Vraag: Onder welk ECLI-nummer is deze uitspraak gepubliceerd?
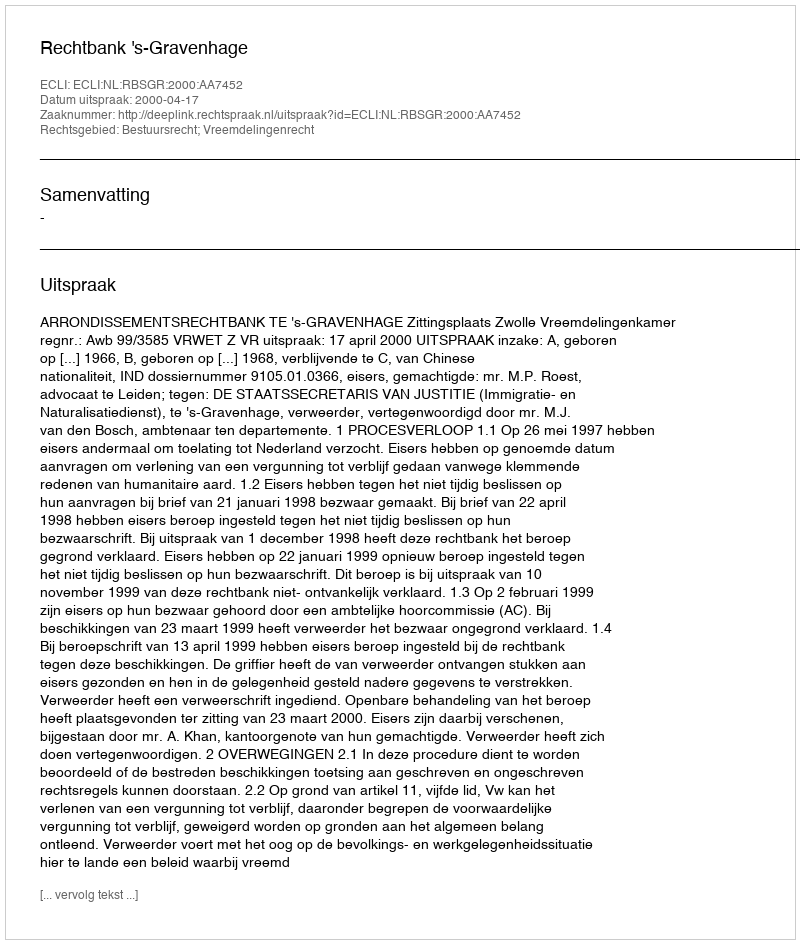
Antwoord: ECLI:NL:RBSGR:2000:AA7452